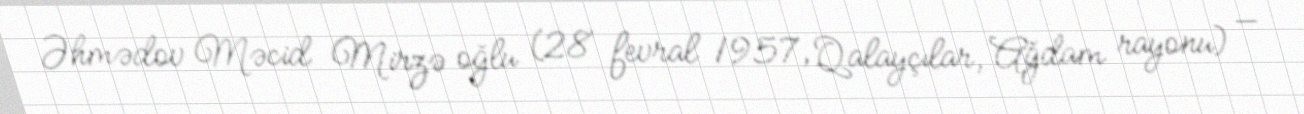
Əhmədov Məcid Mirzə oğlu (28 fevral 1957, Qalayçılar, Ağdam rayonu) —